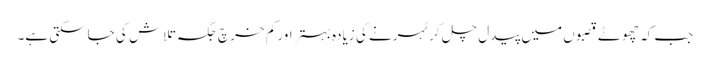
جب کہ چھوٹے قصبوں میں پیدل چل کر ٹہرنے کی زیادہ بہتر اور کم خرچ جگہ تلاش کی جاسکتی ہے۔